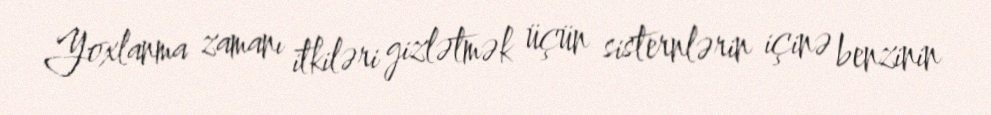
Yoxlanma zamanı itkiləri gizlətmək üçün sisternlərin içinə benzinin